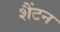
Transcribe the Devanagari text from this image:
शैंटन